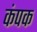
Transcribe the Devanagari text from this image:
कंपक